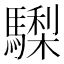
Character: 𩦀